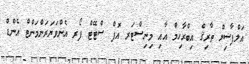
އަލްފާޟިލް ތާރިޤް އިބްރާހިމް އާއި މިނިސްޓަރ އޮފް ސްޓޭޓް ފޯރ އެންވަޔަރަންމަންޓް އެންޑް